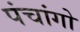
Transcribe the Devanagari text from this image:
पंचांगो